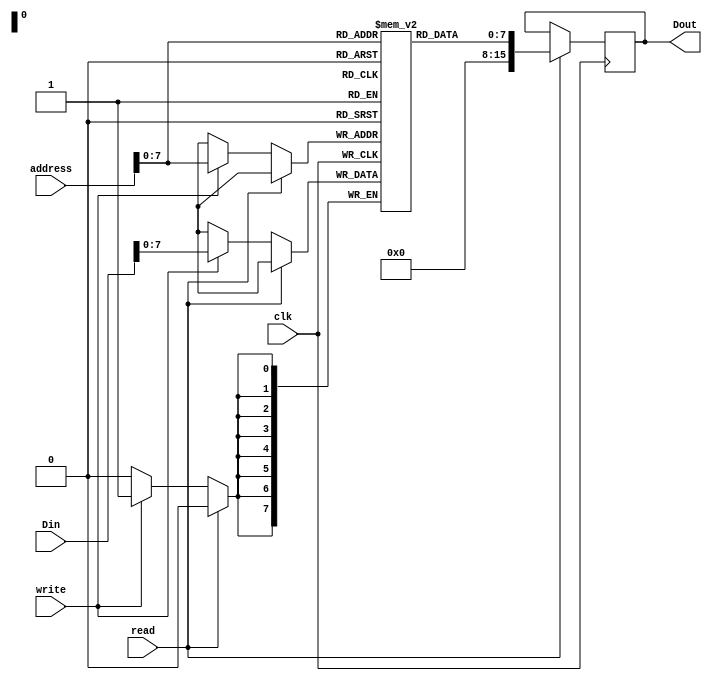
module Memory(
	input wire clk,
	input wire write,
	input wire read,
	input wire [15:0] Din,
	input wire [15:0] address,
	output wire [15:0] Dout
	); 
	
	reg [7:0] memory [0:255];
	reg [15:0] d;
	
	assign Dout = d;
	
	always @(posedge clk) begin
		if (read) d = {8'd0,memory[address]};
		else if (write) memory[address] = Din[7:0];
	end
	
	initial begin
memory[0] = 8'd1;
memory[1] = {4'd1,4'd11};
memory[2] = {4'd2,4'd11};
memory[3] = {4'd3,4'd11};
memory[4] = {4'd4,4'd11};
memory[5] = 8'd3;
memory[6] = 8'd2;
memory[7] = {4'd5,4'd11};
memory[8] = 8'd3;
memory[9] = 8'd254;
memory[10] = {4'd3,4'd13};
memory[11] = 8'd5;
memory[12] = 8'd23;
memory[13] = 8'd1;
memory[14] = {4'd3,4'd11};
memory[15] = {4'd2,4'd10};
memory[16] = {4'd5,4'd12};
memory[17] = {4'd2,4'd11};
memory[18] = {4'd4,4'd10};
memory[19] = 8'd4;
memory[20] = {4'd4,4'd11};
memory[21] = 8'd9;
memory[22] = 8'd51;
memory[23] = {4'd2,4'd10};
memory[24] = {4'd6,4'd11};
memory[25] = 8'd2;
memory[26] = {4'd1,4'd11};
memory[27] = {4'd2,4'd10};
memory[28] = 8'd4;
memory[29] = {4'd6,4'd11};
memory[30] = 8'd2;
memory[31] = 8'd6;
memory[32] = {4'd1,4'd12};
memory[33] = {4'd1,4'd11};
memory[34] = {4'd2,4'd10};
memory[35] = {4'd5,4'd12};
memory[36] = {4'd6,4'd11};
memory[37] = 8'd2;
memory[38] = {4'd1,4'd12};
memory[39] = 8'd7;
memory[40] = {4'd1,4'd11};
memory[41] = {4'd2,4'd10};
memory[42] = {4'd6,4'd11};
memory[43] = {4'd1,4'd10};
memory[44] = 8'd8;
memory[45] = {4'd3,4'd10};
memory[46] = 8'd4;
memory[47] = {4'd3,4'd11};
memory[48] = {4'd2,4'd10};
memory[49] = 8'd4;
memory[50] = {4'd2,4'd11};
memory[51] = 8'd3;
memory[52] = 8'd255;
memory[53] = 8'd4;
memory[54] = {4'd4,4'd13};
memory[55] = 8'd5;
memory[56] = 8'd8;
memory[57] = 8'd1;
memory[58] = {4'd1,4'd11};
memory[59] = {4'd2,4'd11};
memory[60] = {4'd3,4'd11};
memory[61] = {4'd4,4'd11};
memory[62] = 8'd3;
memory[63] = 8'd254;
memory[64] = {4'd3,4'd13};
memory[65] = 8'd5;
memory[66] = 8'd77;
memory[67] = 8'd1;
memory[68] = {4'd3,4'd11};
memory[69] = {4'd2,4'd10};
memory[70] = {4'd5,4'd12};
memory[71] = {4'd2,4'd11};
memory[72] = {4'd4,4'd10};
memory[73] = 8'd4;
memory[74] = {4'd4,4'd11};
memory[75] = 8'd9;
memory[76] = 8'd110;
memory[77] = {4'd2,4'd10};
memory[78] = {4'd6,4'd11};
memory[79] = 8'd2;
memory[80] = {4'd1,4'd11};
memory[81] = 8'd3;
memory[82] = 8'd255;
memory[83] = 8'd4;
memory[84] = {4'd2,4'd12};
memory[85] = {4'd6,4'd11};
memory[86] = 8'd2;
memory[87] = 8'd6;
memory[88] = {4'd1,4'd12};
memory[89] = {4'd1,4'd11};
memory[90] = 8'd3;
memory[91] = 8'd255;
memory[92] = 8'd4;
memory[93] = 8'd6;
memory[94] = {4'd2,4'd12};
memory[95] = {4'd6,4'd11};
memory[96] = 8'd2;
memory[97] = {4'd1,4'd12};
memory[98] = 8'd7;
memory[99] = {4'd1,4'd11};
memory[100] = {4'd2,4'd10};
memory[101] = {4'd6,4'd11};
memory[102] = {4'd1,4'd10};
memory[103] = 8'd8;
memory[104] = {4'd3,4'd10};
memory[105] = 8'd4;
memory[106] = {4'd3,4'd11};
memory[107] = {4'd2,4'd10};
memory[108] = 8'd4;
memory[109] = {4'd2,4'd11};
memory[110] = 8'd3;
memory[111] = 8'd254;
memory[112] = {4'd4,4'd13};
memory[113] = 8'd5;
memory[114] = 8'd62;
memory[115] = 8'd1;
memory[116] = {4'd1,4'd11};
memory[117] = {4'd2,4'd11};
memory[118] = {4'd3,4'd11};
memory[119] = {4'd4,4'd11};
memory[120] = {4'd5,4'd11};
memory[121] = {4'd2,4'd10};
memory[122] = {4'd6,4'd11};
memory[123] = 8'd2;
memory[124] = {4'd5,4'd11};
memory[125] = {4'd1,4'd10};
memory[126] = {4'd6,4'd11};
memory[127] = {4'd5,4'd10};
memory[128] = 8'd8;
memory[129] = 8'd3;
memory[130] = 8'd2;
memory[131] = {4'd2,4'd12};
memory[132] = {4'd2,4'd11};
memory[133] = {4'd1,4'd10};
memory[134] = 8'd4;
memory[135] = {4'd1,4'd11};
memory[136] = {4'd3,4'd10};
memory[137] = 8'd4;
memory[138] = {4'd3,4'd11};
memory[139] = 8'd3;
memory[140] = 8'd128;
memory[141] = {4'd3,4'd13};
memory[142] = 8'd5;
memory[143] = 8'd121;
memory[144] = 8'd3;
memory[145] = 8'd255;
memory[146] = 8'd4;
memory[147] = {4'd2,4'd12};
memory[148] = {4'd2,4'd11};
memory[149] = 8'd1;
memory[150] = {4'd3,4'd11};
memory[151] = {4'd4,4'd10};
memory[152] = 8'd4;
memory[153] = {4'd4,4'd11};
memory[154] = 8'd3;
memory[155] = 8'd128;
memory[156] = {4'd4,4'd13};
memory[157] = 8'd5;
memory[158] = 8'd121;
memory[159] = 8'd15;
		end
	
endmodule